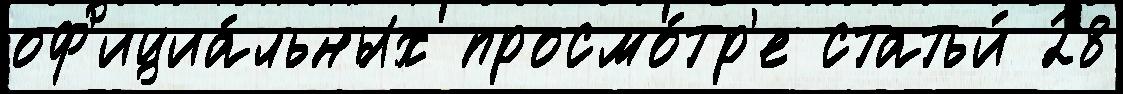
оф'ициа́льных просмо́тр'е статьи́ 28